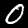
Digit: 0